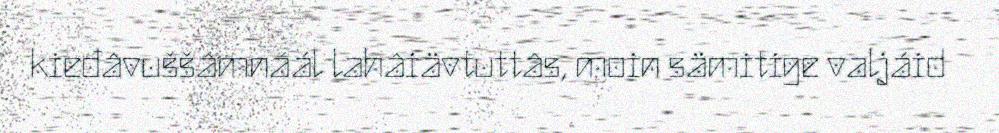
kieđâvuššâmnáál lahâiävtuttâs, moin sämitige valjáid